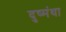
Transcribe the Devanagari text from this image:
दुष्मंथा